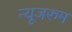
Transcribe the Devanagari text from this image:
न्यूजरुम